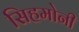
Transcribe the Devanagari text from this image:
सिहमोनी